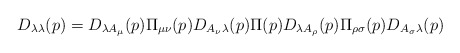
\begin{align*}D_{\lambda \lambda}(p)=D_{\lambda A_{\mu}}(p) \Pi_{\mu \nu}(p)D_{A_{\nu} \lambda}(p) \Pi(p)D_{\lambda A_{\rho}}(p) \Pi_{\rho \sigma}(p)D_{A_{\sigma} \lambda}(p) \end{align*}